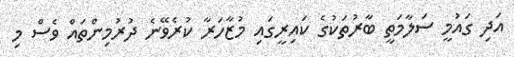
އަދި ގައުމީ ސަލާމަތީ ބާރުތަކުގެ ކައިރީގައި މުޒާހަރާ ކުރެވޭނެ ދުރުމިންތައް ވެސް މި